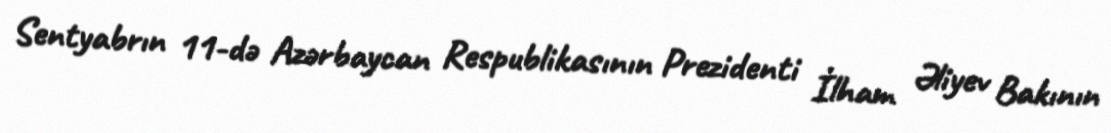
Sentyabrın 11-də Azərbaycan Respublikasının Prezidenti İlham Əliyev Bakının